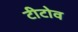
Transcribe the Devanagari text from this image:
टीटोव